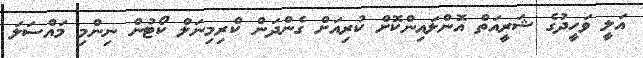
އަލީ ވަހީދުގެ ޝަރީއަތް އޮންލައިންކޮށް ކުރިއަށް ގެންދަން ކްރިމިނަލް ކޯޓުން ނިންމި މައްސަލަ